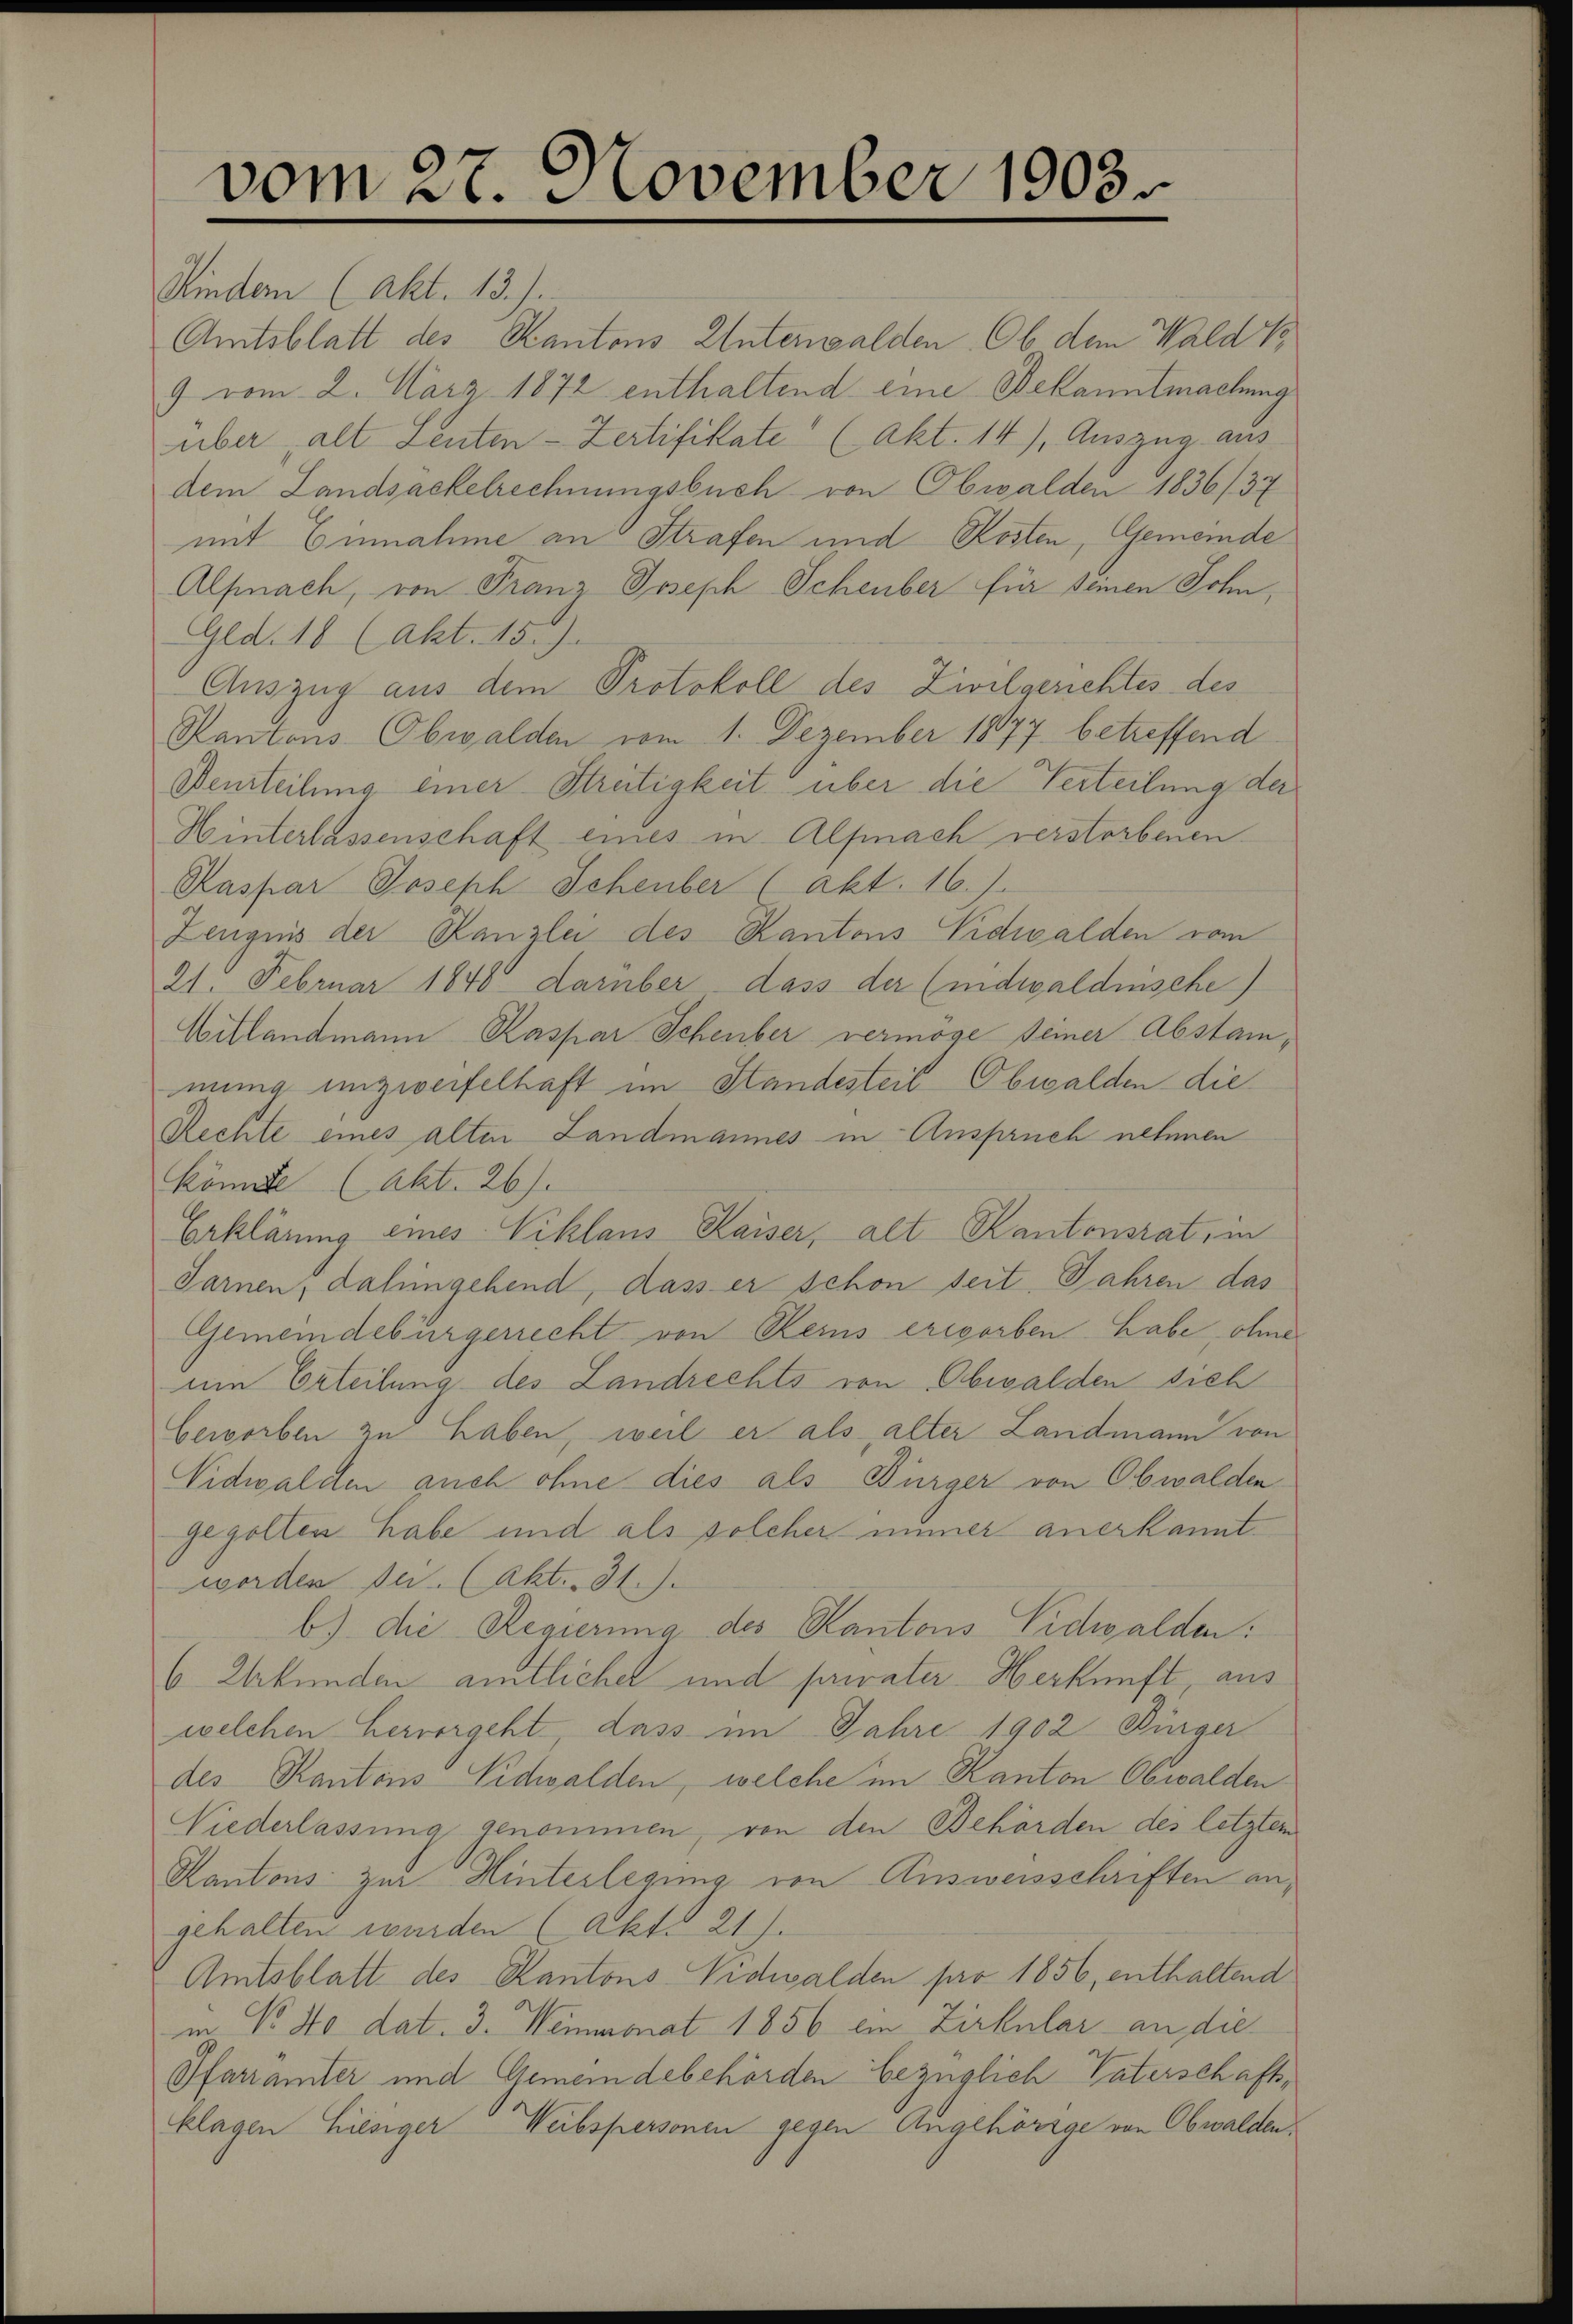
vom 27. November 1903.

Mindern (Akt. 13.).
Amtsblatt des Kantons Unterwalden. Ob dem Wald Vo
9 vom 2. März 1872 enthaltend eine Bekanntmachung
über, alt Leuten Zertifikate (Akt. 14), Auszug aus
dem Landsackelrechnungsbuch von Obwalden 1836/37
mit Einnahme an Strafen und Kosten, Gemeinde
Alfnach, von Franz Joseph Scheuber für seinen Sohn,
Ged. 18 (Akt. 155).
Auszug aus dem Protokoll des Zivilgerichtes des
Kantons Obwalden vom 1. Dezember 1877 betreffend
Beurteilung einer Streitigkeit über die Verteilung der
Hinterlassenschaft eines in Alfnach verstorbenen
Raspar Joseph Schenber (akt. 16.)
Zeugnis der Kanzlei des Kantons Vidwalden vom
21. Februar 1848 darüber dass der (nidwaldnische
Villandmann Kaspar Schenber vermöge seiner Abstammung unzweifelhaft im Standesteil Obwalden die
Rechte eines alten Landmannes in Anspruch nehmen
Könnte (Abt. 26).
Erklärung eines Viklaus Kaiser, alt Kantonsrat, in
Jarnen, dahingehend, dass er schon seit Jahren das
Gemeindebürgerrecht von Reins erworben habe, ohne
um Erteilung des Landrechts von Obwalden sich
Geworben zu haben, weil er als alter Landmann von
Vidwalden auch ohne dies als Bürger von Obwalden
gegolten habe und als solcher immer anerkanntworden zu. (Akt. 31.)
b) die Regierung des Kantons Vidwalden:
6 Urkunden amtlicher und privater Herkunft, aus
welchen Hervorgeht, dass im Jahre 1902 Bürger
des Kantons Nidwalden, welche im Kanton Obwalden
Niederlassung genommen, von den Behörden des letztem
Kantons zur Hinterlegung von Ausweisschriften angehalten wurden (Akt. 21.
Amtsblatt des Kantons Vidwalden par 1856, enthaltend
in No. So dat. 3. Weinmonat 1856 ein Zirkular an die
Pfarramter und Gemeindebehörden bezüglich Vaterschaftsklagen hiesiger Weibspersonen gegen Angehörige von Obwalden,